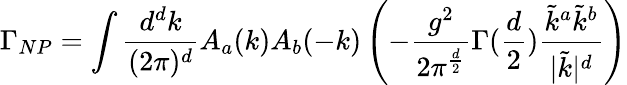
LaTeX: \Gamma_{NP}=\int{\frac{d^{d}k}{(2\pi)^{d}}}A_{a}(k)A_{b}(-k)\left(-{\frac{g^{2}}{2\pi^{\frac{d}{2}}}}\Gamma({\frac{d}{2}}){\frac{\tilde{k}^{a}\tilde{k}^{b}}{|\tilde{k}|^{d}}}\right)